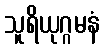
သူရိယုဂ္ဂမနံ